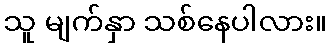
သူ မျက်နှာ သစ်နေပါလား။